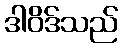
ဒါဝိဒ်သည်